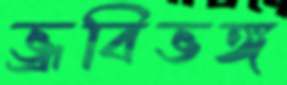
ভ্রূবিভঙ্গ